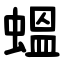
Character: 蝹